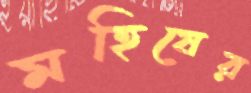
মহিষের